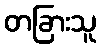
တခြားသူ